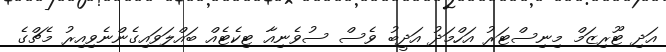
އަދި ޓޫރިޒަމް މިނިސްޓަރު އަހްމަދު އަދީބު ވެސް ސުވެނިއާ ޓިކެެޓެއް ބައްލަވައިގެންނެވިއިރު މެޗްގެ